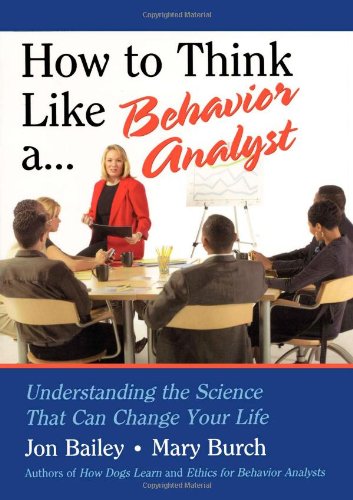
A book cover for How to Think Like a Behavior Analyst: Understanding the Science That Can Change Your Life; Jon Bailey; Medical Books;